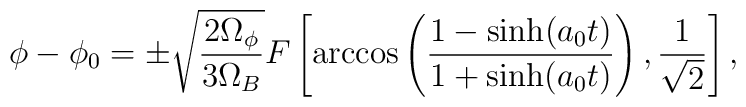
\phi-\phi_0= \pm\sqrt{\frac{2\Omega_{\phi}}{3\Omega_B}}F\left[\arccos\left(\frac{1 -\sinh(a_0 t)}{1+\sinh(a_0t)}\right), \frac{1}{\sqrt{2}}\right] ,